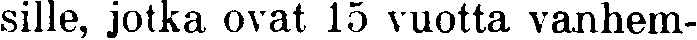
sille, jotka ovat 15 vuotta vanhem-